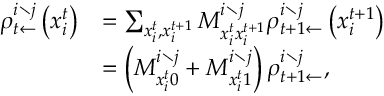
\begin{array} { r l } { \rho _ { t \leftarrow } ^ { i \setminus j } \left( x _ { i } ^ { t } \right) } & { = \sum _ { x _ { i } ^ { t } , x _ { i } ^ { t + 1 } } M _ { x _ { i } ^ { t } x _ { i } ^ { t + 1 } } ^ { i \setminus j } \rho _ { t + 1 \leftarrow } ^ { i \setminus j } \left( x _ { i } ^ { t + 1 } \right) } \\ & { = \left( M _ { x _ { i } ^ { t } 0 } ^ { i \setminus j } + M _ { x _ { i } ^ { t } 1 } ^ { i \setminus j } \right) \rho _ { t + 1 \leftarrow } ^ { i \setminus j } , } \end{array}